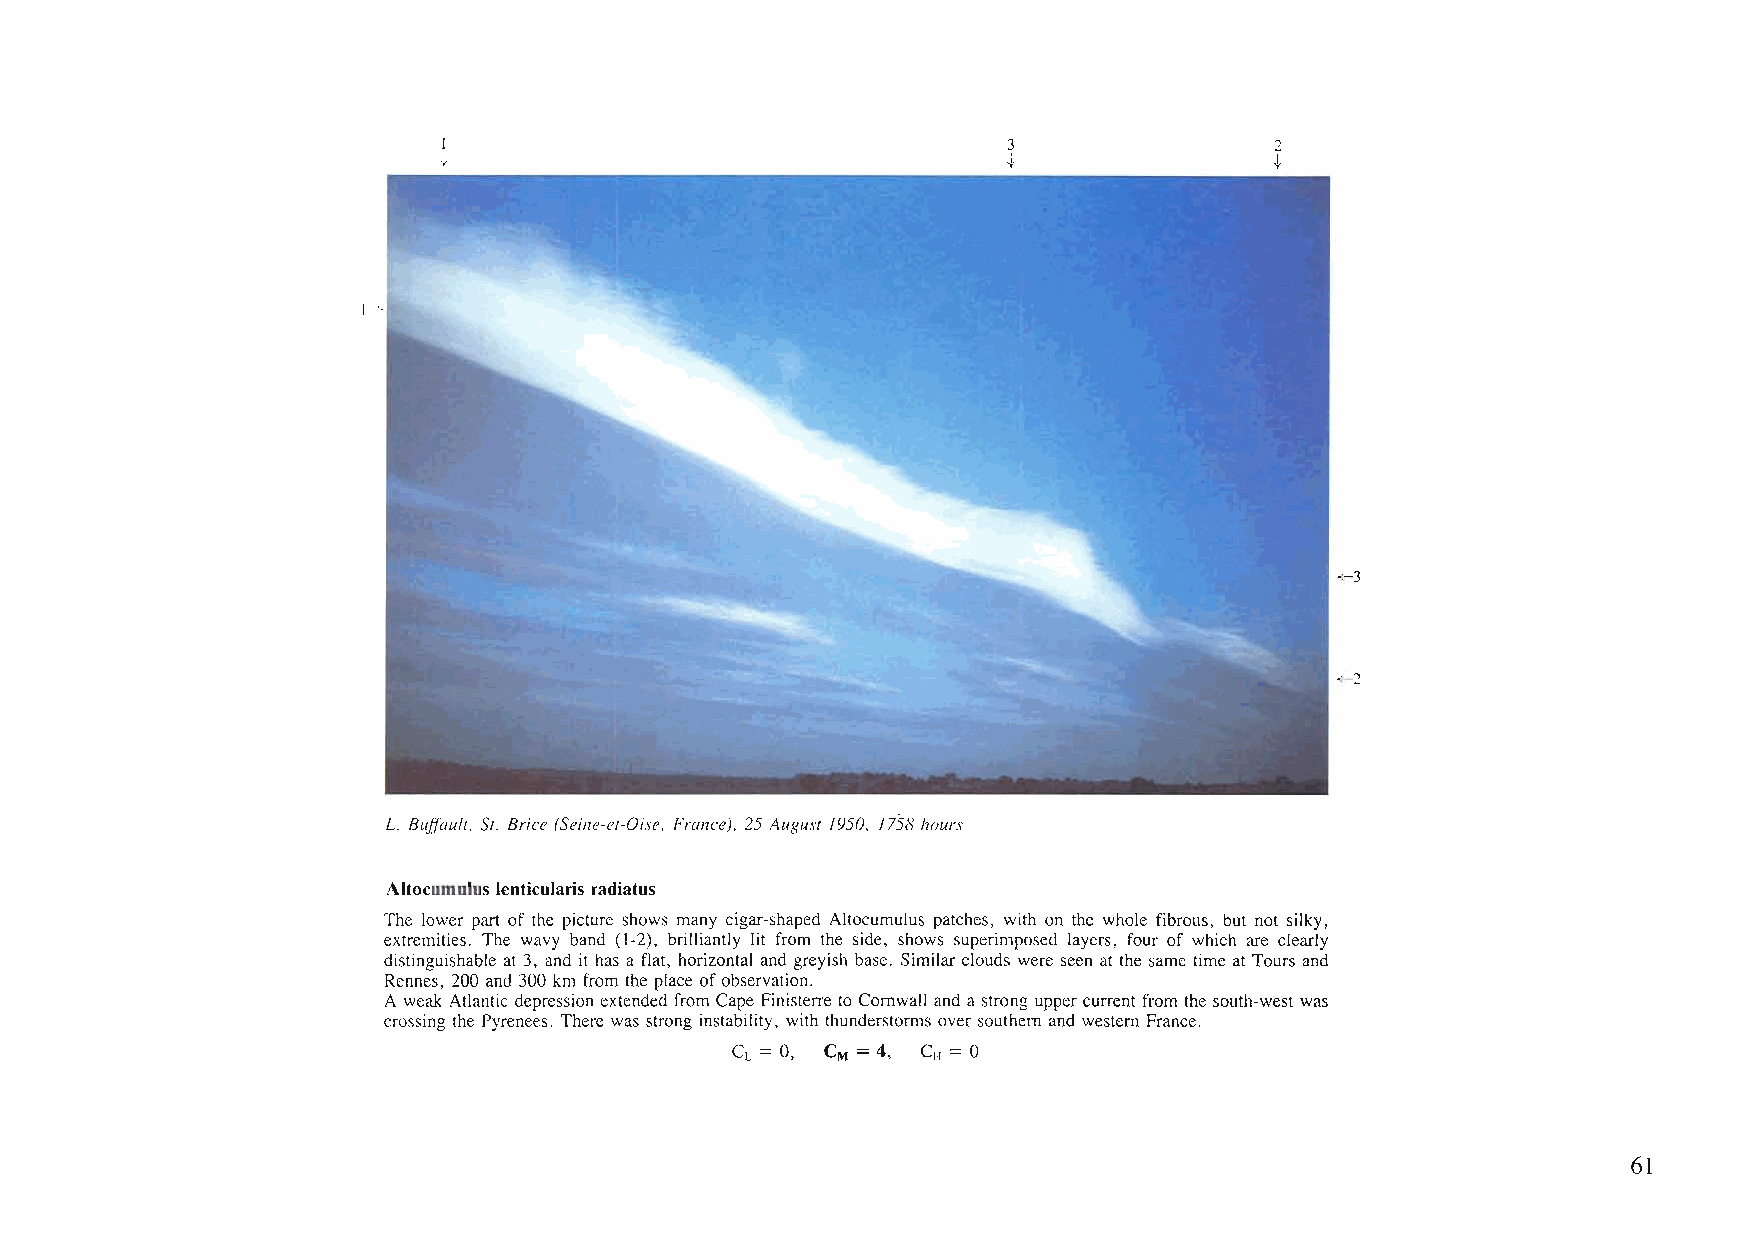
1                                     3                2
 ,j,                                   t                t
 ~-3
 ~-2
 L. Sui/aull, SI. Srice (5eine-el-Oise, France), 25 Augusl 1950, 1758hours
 Altocumulus lenticularis radiatus
 The lower part of the picture shows many cigar-shaped Altocumulus patches, with on the whole fibrous, but not silky,
 extremities. The wavy band (1-2), brilliantly lit from the side, shows superimposed layers, four of which are clearly
 distinguishable at 3, and it has a flat, horizontal and greyish base. Similarclouds were seen at the same time at Tours and
 Rennes, 200 and 300 km from the place ofobservation.
 A weak Atlantic depression extended from Cape Finisterre to Cornwall and a strong upper current from the south-west was
 crossing the Pyrenees. There was strong instability, with thunderstorms over southern and western France.
 CL = 0, CM = 4, CH = 0
 61